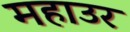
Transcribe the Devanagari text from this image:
महाउर